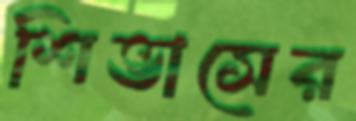
শিভাসের